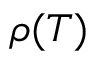
\rho ( T )